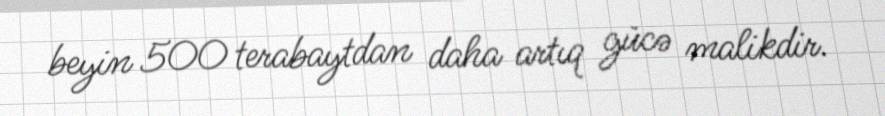
beyin 500 terabaytdan daha artıq gücə malikdir.